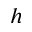
h